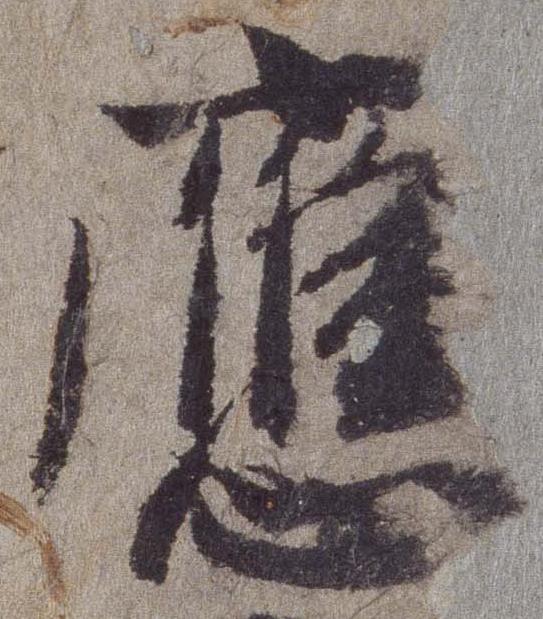
応